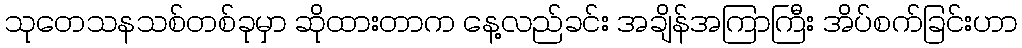
သုတေသနသစ်တစ်ခုမှာ ဆိုထားတာက နေ့လည်ခင်း အချိန်အကြာကြီး အိပ်စက်ခြင်းဟာ